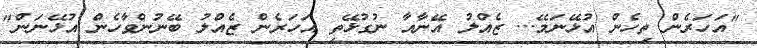
"އަހަރެން ތިހެން އުޅޭނަމޭ... ޒެއްލު އޭނާއާ ނުގުޅޭތި އަހަރެން ޒެއްލު ބޭނުންވާހެން އުޅޭނަން"